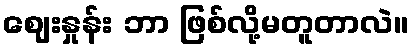
ဈေးနှုန်း ဘာ ဖြစ်လို့မတူတာလဲ။